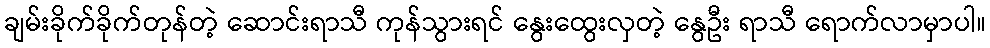
ချမ်းခိုက်ခိုက်တုန်တဲ့ ဆောင်းရာသီ ကုန်သွားရင် နွေးထွေးလှတဲ့ နွေဦး ရာသီ ရောက်လာမှာပါ။